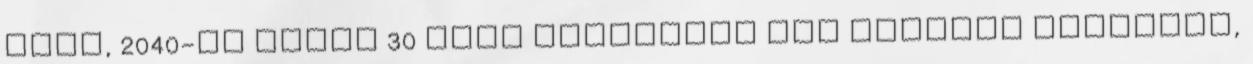
első, 2040-ig tartó 30 éves ciklusban nem várható lényeges,